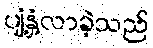
ပျံ့နှံ့လာခဲ့သည်